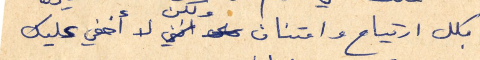
بكل ارتياح وامتنان ولكن لا أخفي عليك